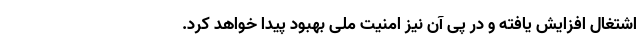
اشتغال افزایش یافته و در پی آن نیز امنیت ملی بهبود پیدا خواهد کرد.